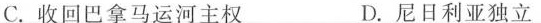
C.收回巴拿马运河主权 D.尼日利亚独立